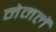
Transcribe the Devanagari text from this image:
नेमलें